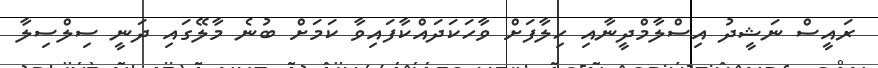
ރައީސް ނަޝީދު އިސްލާމްދީނާއި ހިލާފަށް ވާހަކަދައްކާފައިވާ ކަމަށް ބުނެ މާލޭގައި ދަނީ ސިލްސިލާ